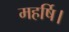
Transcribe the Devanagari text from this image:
महर्षि।